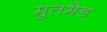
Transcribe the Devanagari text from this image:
मुतभेड